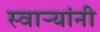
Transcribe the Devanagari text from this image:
स्वार्‍यांनी